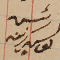
رئيس يوسف زينه